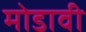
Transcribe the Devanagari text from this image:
मोडावी